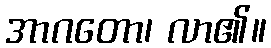
အာဂတော၊ လာ၏။